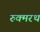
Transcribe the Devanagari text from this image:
रुक्मरथ